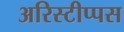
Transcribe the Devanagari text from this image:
अरिस्टीप्पस